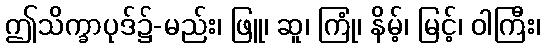
ဤသိက္ခာပုဒ်၌-မည်း၊ ဖြူ၊ ဆူ၊ ကြုံ၊ နိမ့်၊ မြင့်၊ ဝါကြီး၊